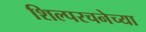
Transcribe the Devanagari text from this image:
शिल्परचनेच्या